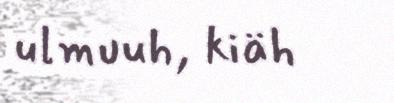
ulmuuh, kiäh